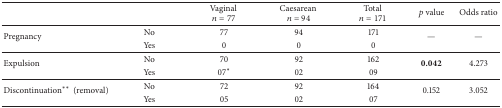
<table><thead><tr><td><b> </b></td><td><b> </b></td><td><b>Vaginal <i>n</i> = 77</b></td><td><b>Caesarean <i>n</i> = 94</b></td><td><b>Total <i>n</i> = 171</b></td><td><b><i>p</i> value</b></td><td><b>Odds ratio</b></td></tr></thead><tbody><tr><td rowspan="2">Pregnancy</td><td>No</td><td>77</td><td>94</td><td>171</td><td rowspan="2">—</td><td rowspan="2">—</td></tr><tr><td>Yes</td><td>0</td><td>0</td><td>0</td></tr><tr><td rowspan="2">Expulsion</td><td>No</td><td>70</td><td>92</td><td>162</td><td rowspan="2"><b>0.042</b></td><td rowspan="2">4.273</td></tr><tr><td>Yes</td><td>07<sup><i>∗</i></sup></td><td>02</td><td>09</td></tr><tr><td rowspan="2">Discontinuation<sup><i>∗∗</i></sup>(removal)</td><td>No</td><td>72</td><td>92</td><td>164</td><td rowspan="2">0.152</td><td rowspan="2">3.052</td></tr><tr><td>Yes</td><td>05</td><td>02</td><td>07</td></tr></tbody></table>